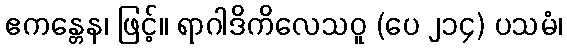
ဧကန္တေန၊ ဖြင့်။ ရာဂါဒိကိလေသဝူ (ပေ ၂၁၄) ပသမံ၊